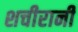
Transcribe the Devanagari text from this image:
शचीरानी